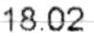
18.02